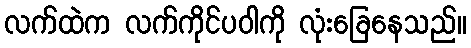
လက်ထဲက လက်ကိုင်ပဝါကို လုံးခြေနေသည်။